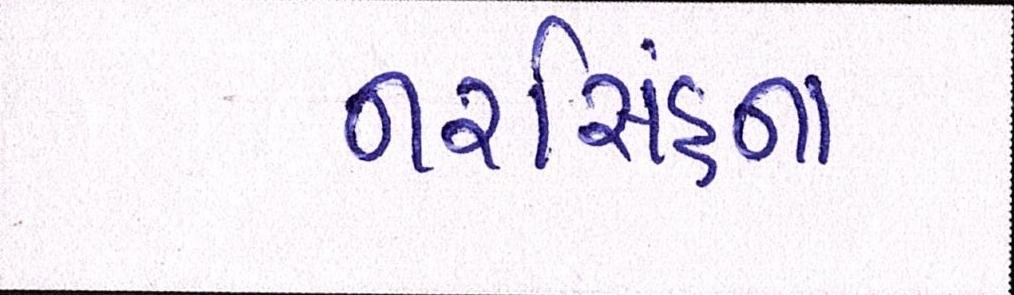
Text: નરસિંહના